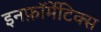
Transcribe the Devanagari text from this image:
इनफ़ॉर्मेटिक्स